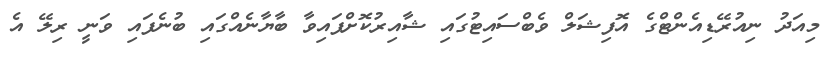
މިއަދު ނިއުރޭޑިއެންޓްގެ އޮފިޝަލް ވެބްސައިޓުގައި ޝާއިރުކޮށްފައިވާ ބާޔާނެއްގައި ބުނެފައި ވަނީ ރިލޭ އެ